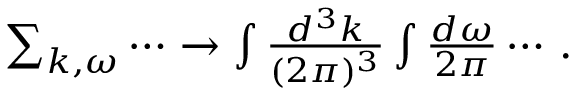
\begin{array} { r } { \sum _ { \boldsymbol { k } , \omega } \cdots \to \int \frac { d ^ { 3 } k } { ( 2 \pi ) ^ { 3 } } \int \frac { d \omega } { 2 \pi } \cdots \, . } \end{array}